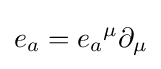
e_{a}=e_{a}{}^{\mu }\partial _{\mu }